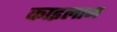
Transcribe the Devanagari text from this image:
काइलाज